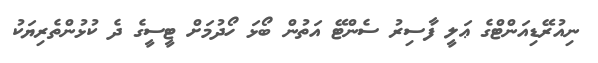
ނިއުރޭޑިއަންޓްގެ ޢަލީ ފާސިރު ސެންޓޭ އަތުން ބޯޅަ ހޯދުމަށް ޓީސީގެ ދެ ކުޅުންތެރިޔަކު